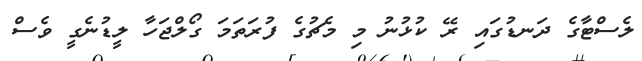
ލެސްޓާގެ ދަނޑުގައި ރޭ ކުޅުނު މި މެޗުގެ ފުރަތަމަ ގޯލްޖަހާ ލީޑުނެގީ ވެސް